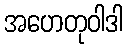
အဟေတုဝါဒါ